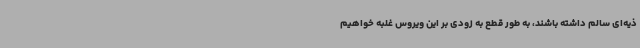
ذیه‌ای سالم داشته باشند، به طور قطع به زودی بر این ویروس غلبه خواهیم